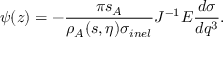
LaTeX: \psi ( z ) = - \frac { \pi s _ { A } } { \rho _ { A } ( s , \eta ) \sigma _ { i n e l } } J ^ { - 1 } E \frac { d \sigma } { d q ^ { 3 } } .